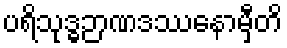
ပရိသုဒ္ဓဉာဏဒဿနောမှီတိ